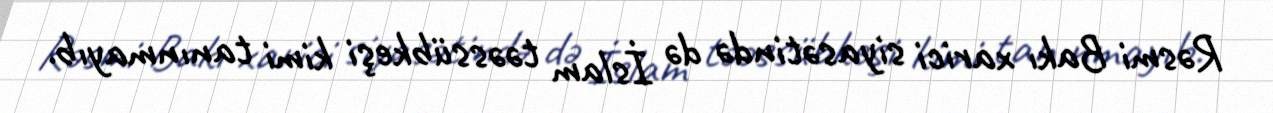
Rəsmi Bakı xarici siyasətində də İslam təəssübkeşi kimi tanınmayıb.